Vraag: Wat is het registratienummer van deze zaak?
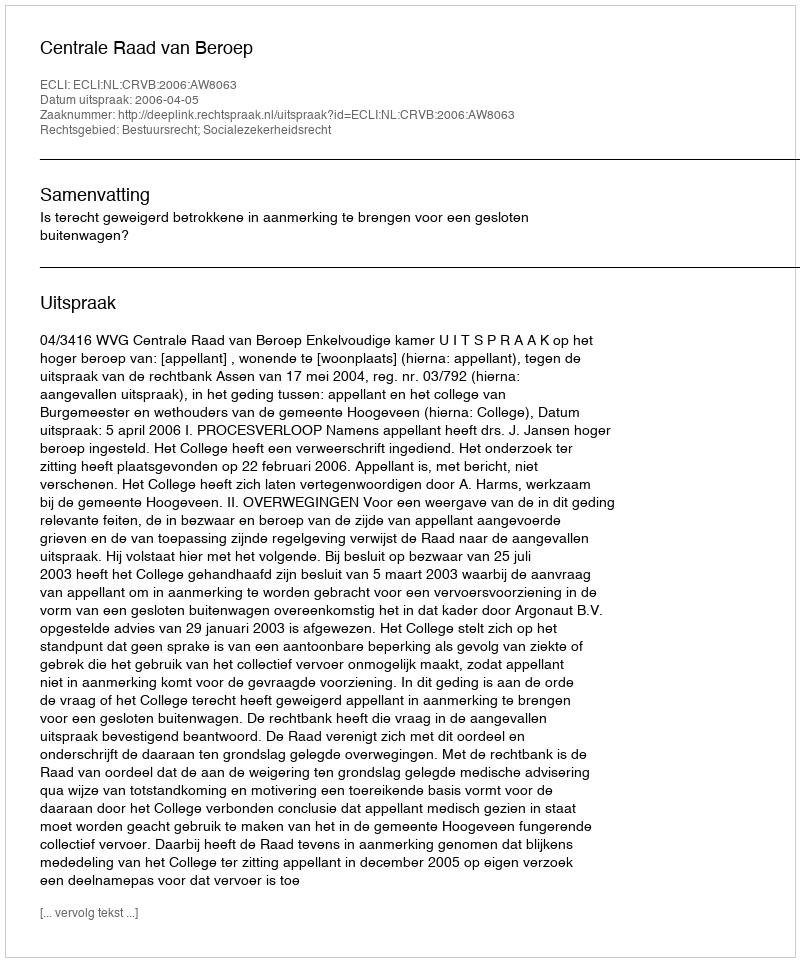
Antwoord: http://deeplink.rechtspraak.nl/uitspraak?id=ECLI:NL:CRVB:2006:AW8063